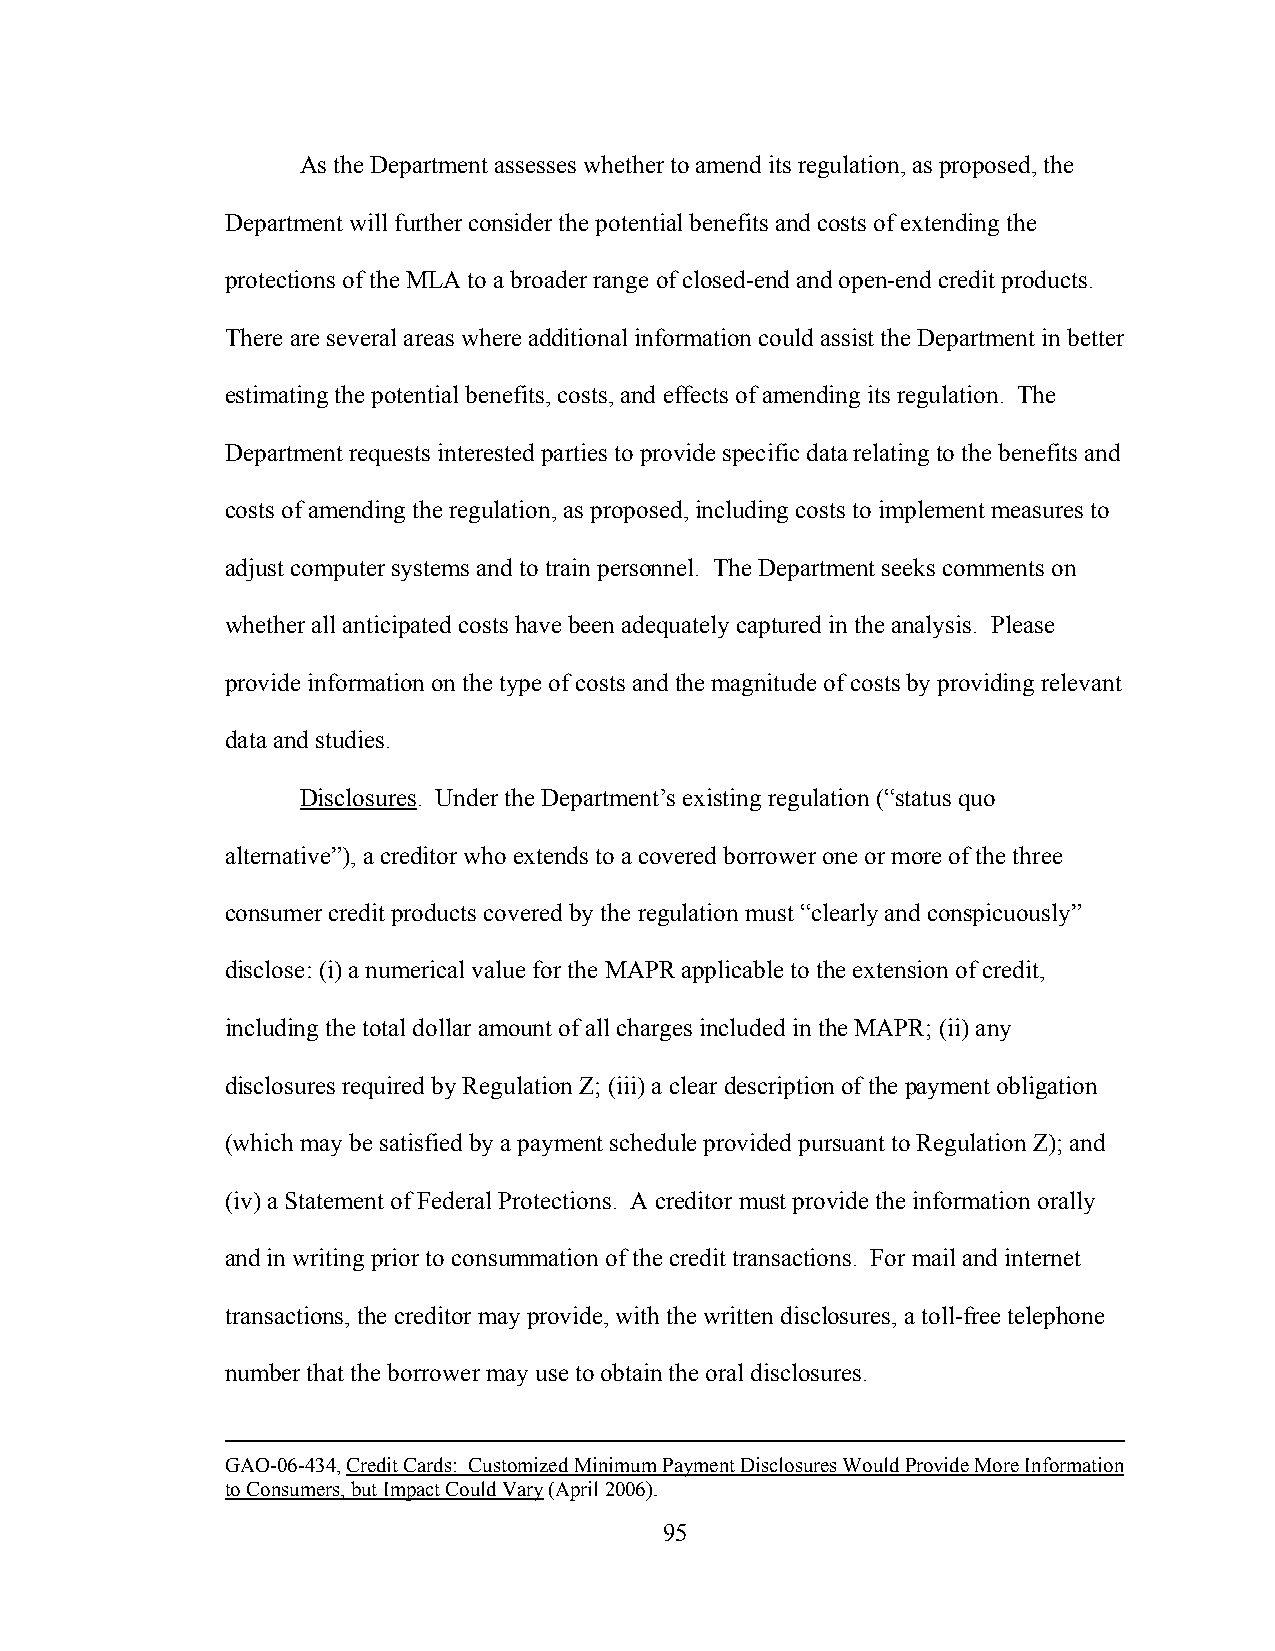
As the Department assesses whether to amend its regulation, as proposed, the
 Department will further consider the potential benefits and costs of extending the
 protections of the MLA to a broader range of closed-end and open-end credit products.
 There are several areas where additional information could assist the Department in better
 estimating the potential benefits, costs, and effects of amending its regulation. The
 Department requests interested parties to provide specific data relating to the benefits and
 costs of amending the regulation, as proposed, including costs to implement measures to
 adjust computer systems and to train personnel. The Department seeks comments on
 whether all anticipated costs have been adequately captured in the analysis. Please
 provide information on the type of costs and the magnitude of costs by providing relevant
 data and studies.
 Disclosures. Under the Department’s existing regulation (“status quo
 alternative”), a creditor who extends to a covered borrower one or more of the three
 consumer credit products covered by the regulation must “clearly and conspicuously”
 disclose: (i) a numerical value for the MAPR applicable to the extension of credit,
 including the total dollar amount of all charges included in the MAPR; (ii) any
 disclosures required by Regulation Z; (iii) a clear description of the payment obligation
 (which may be satisfied by a payment schedule provided pursuant to Regulation Z); and
 (iv) a Statement of Federal Protections. A creditor must provide the information orally
 and in writing prior to consummation of the credit transactions. For mail and internet
 transactions, the creditor may provide, with the written disclosures, a toll-free telephone
 number that the borrower may use to obtain the oral disclosures.
 GAO-06-434, Credit Cards: Customized Minimum Payment Disclosures Would Provide More Information
 to Consumers, but Impact Could Vary (April 2006).
 95